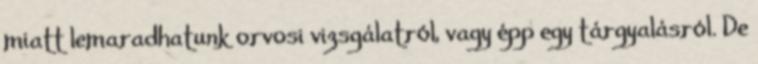
miatt lemaradhatunk orvosi vizsgálatról, vagy épp egy tárgyalásról. De